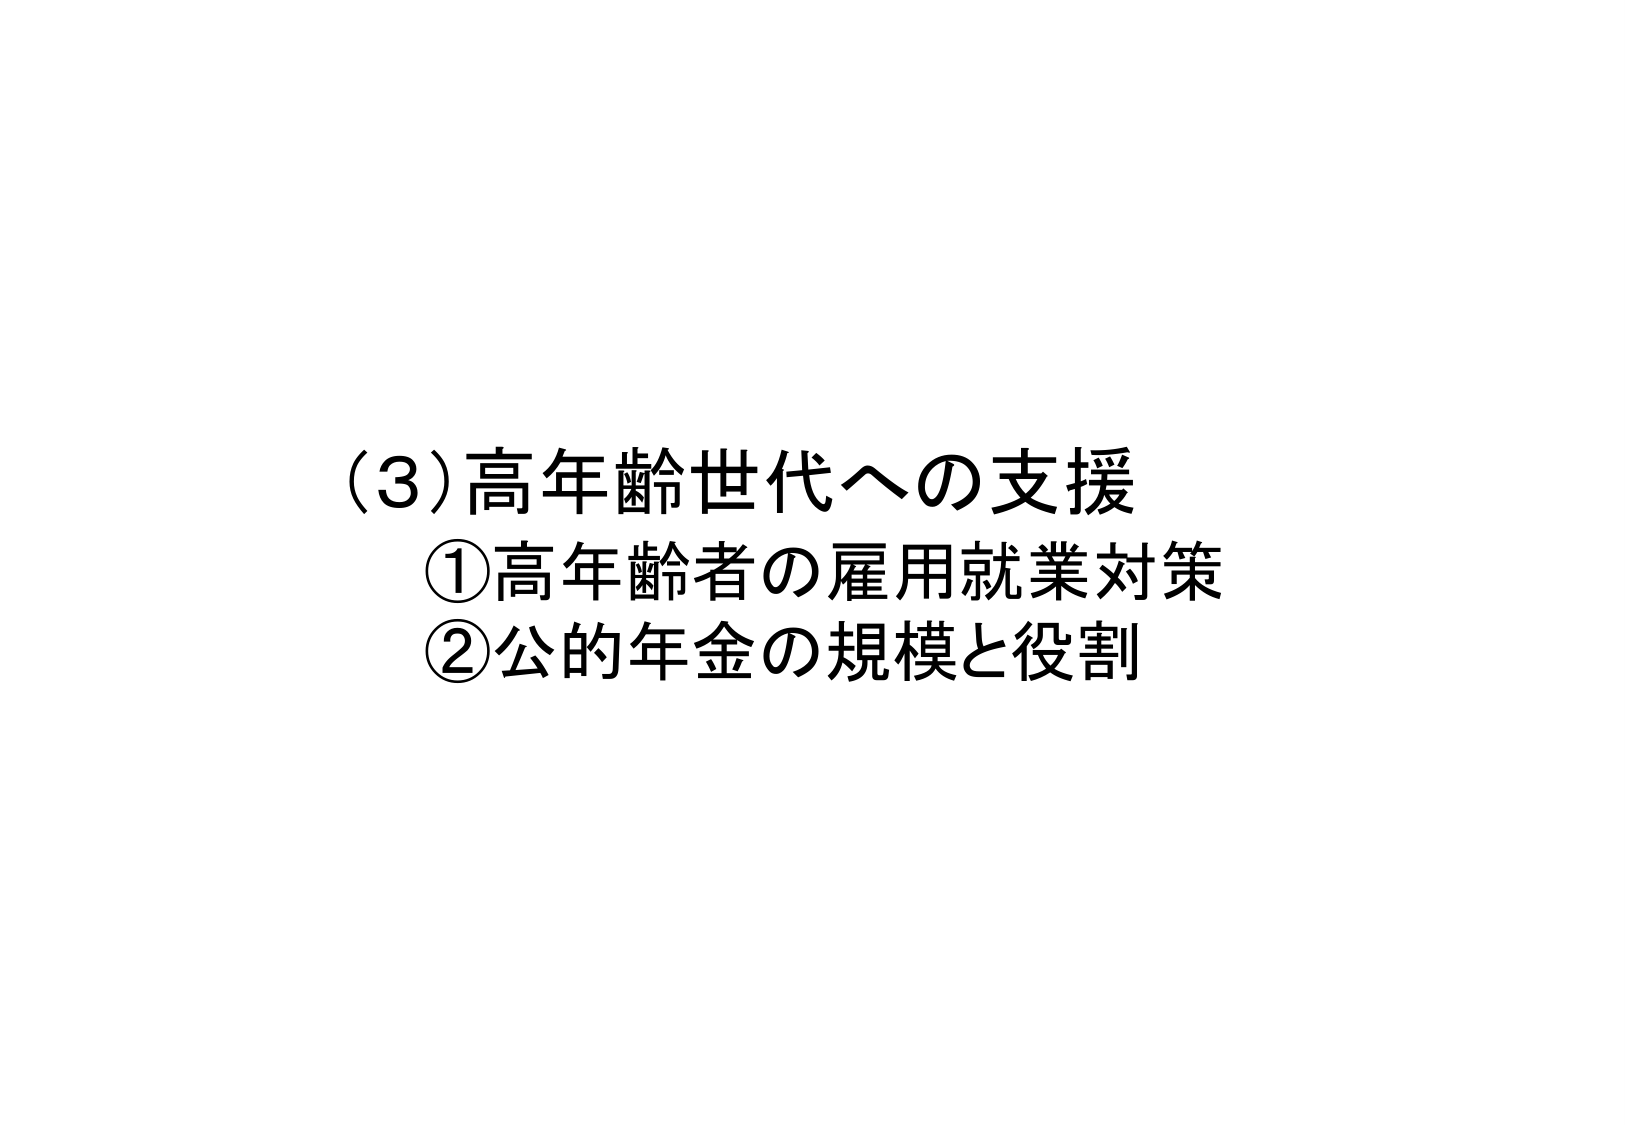
(3)高年齢世代への支援
①高年齢者の雇用就業対策
②公的年金の規模と役割